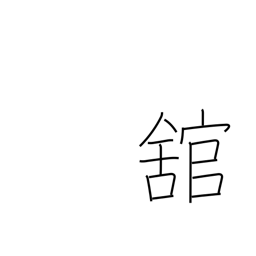
Meaning: large building